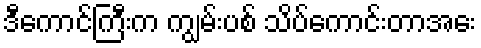
ဒီကောင်ကြီးက ကျွမ်းပစ် သိပ်ကောင်းတာအေး